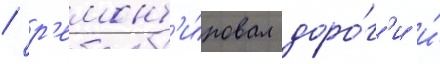
/ р'емонт'и́ровал доро́г'и и́